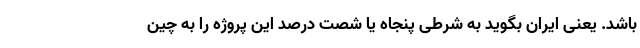
باشد. یعنی ایران بگوید به شرطی پنجاه یا شصت درصد این پروژه را به چین